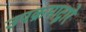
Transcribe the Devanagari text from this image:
उपक्रमाद्वारे